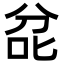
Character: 兺